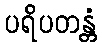
ပရိပတန္တံ